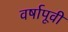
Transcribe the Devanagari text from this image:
वर्षापूवी